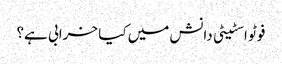
فوٹو اسٹیٹی دانش میں کیا خرابی ہے؟